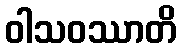
ဝါသဝဿာတိ